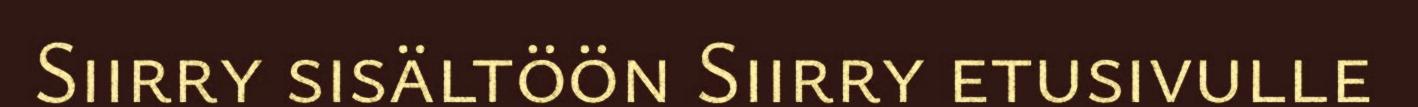
Siirry sisältöön Siirry etusivulle